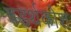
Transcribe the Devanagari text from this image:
षडर्थकोश